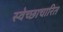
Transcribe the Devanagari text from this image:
स्वेच्छाचारित